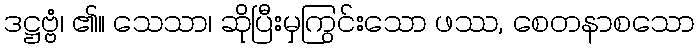
ဒဋ္ဌဗ္ဗံ၊ ၏။ သေသာ၊ ဆိုပြီးမှကြွင်းသော ဖဿ, စေတနာစသော